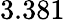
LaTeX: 3.381